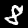
Digit: 8